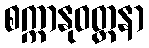
စက္ကာနုဝတ္တနာ